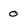
Character: 0